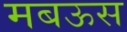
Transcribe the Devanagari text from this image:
मबऊस